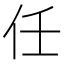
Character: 任